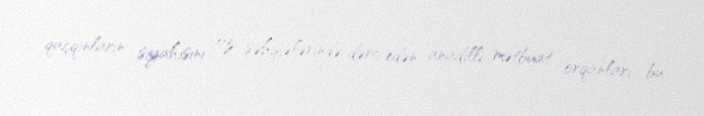
qaçqınların siyahısını öz səhifələrində dərc edən anadilli mətbuat orqanları bu